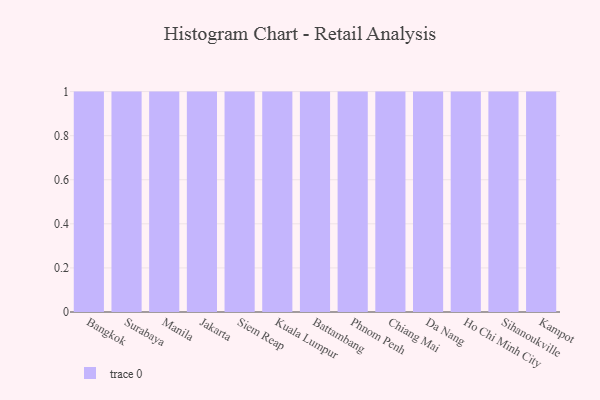
{"axis": {"x": "City", "y": "Backlog"}, "legend": [""], "data": [{"x": "Bangkok", "y": 32, "type": ""}, {"x": "Surabaya", "y": 77, "type": ""}, {"x": "Manila", "y": 41, "type": ""}, {"x": "Jakarta", "y": 59, "type": ""}, {"x": "Siem Reap", "y": 82, "type": ""}, {"x": "Kuala Lumpur", "y": 6, "type": ""}, {"x": "Battambang", "y": 22, "type": ""}, {"x": "Phnom Penh", "y": 35, "type": ""}, {"x": "Chiang Mai", "y": 66, "type": ""}, {"x": "Da Nang", "y": 19, "type": ""}, {"x": "Ho Chi Minh City", "y": 42, "type": ""}, {"x": "Sihanoukville", "y": 57, "type": ""}, {"x": "Kampot", "y": 67, "type": ""}]}